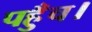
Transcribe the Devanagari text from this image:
पहुँच।